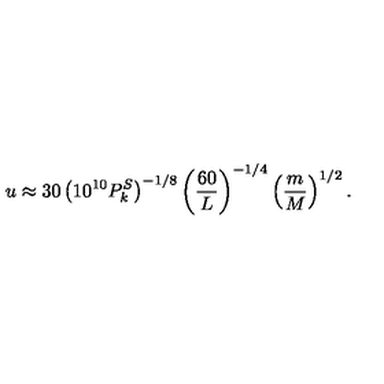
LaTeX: u \approx 3 0 \left( 1 0 ^ { 1 0 } P _ { k } ^ { S } \right) ^ { - 1 / 8 } \left( { \frac { 6 0 } { L } } \right) ^ { - 1 / 4 } \left( { \frac { m } { M } } \right) ^ { 1 / 2 } .